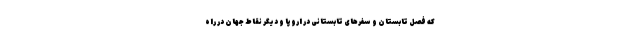
که فصل تابستان و سفرهای تابستانی در اروپا و دیگر نقاط جهان در راه